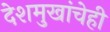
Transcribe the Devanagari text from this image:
देशमुखांचेही